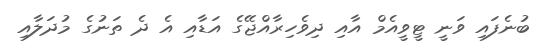
ބުނެފައި ވަނީ ޓީވީއެމް އާއި ދިވެހިރާއްޖޭގެ އަޑާއި އެ ދެ ތަނުގެ މުދަލާއި